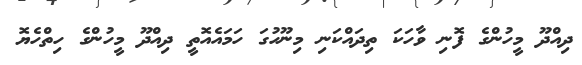
ދިއްދޫ މީހުންގެ ފޮނި ވާހަކަ ތިދައްކަނި މިނޫހުގަ ހަމައެއޮތީ ދިއްދޫ މީހުންގެ ހިތްހެޔޮ